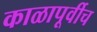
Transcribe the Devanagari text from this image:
काळापूर्वीच